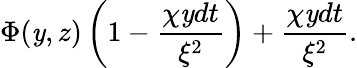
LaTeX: \Phi(\mathit{y},z)\left(1-{\frac{{\chi\mathit{y}dt}}{{\xi^{2}}}}\right)+{\frac{{\chi\mathit{y}dt}}{{\xi^{2}}}}.